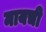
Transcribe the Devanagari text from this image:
मायची